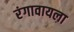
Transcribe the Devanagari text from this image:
रंगावायला